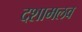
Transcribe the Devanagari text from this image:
दशामलव